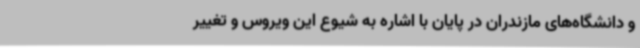
و دانشگاه‌های مازندران در پایان با اشاره به شیوع این ویروس و تغییر